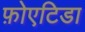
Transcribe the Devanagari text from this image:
फ़ोएटिडा